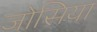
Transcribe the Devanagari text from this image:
जोसिया